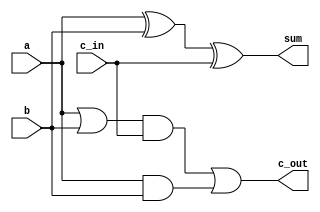
/*
Name: Aniket Suhas Borkar, Rollno. 210135
Name: Vikas Yadav, Rollno. 211166
*/

module full_adder(
    input wire a,
    input wire b,
    input wire c_in,
    output wire sum,
    output wire c_out
);

wire temp_1;
wire temp_2, temp_3, temp_4;

xor xor_1(temp_1, a, b);
xor xor_2(sum, temp_1, c_in);

or or_1(temp_2, a, b);
and and_1(temp_3, temp_2, c_in);
and and_2(temp_4, a, b);
or or_2(c_out, temp_3, temp_4);

// gate logic for full adder

endmodule